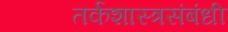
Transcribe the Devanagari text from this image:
तर्कशास्त्रसंबंधी